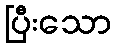
ပြီးသော